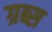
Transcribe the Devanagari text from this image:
ग्रब्स